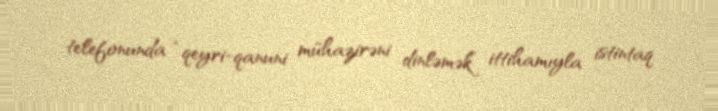
telefonunda “qeyri-qanuni mühazirəni dinləmək” ittihamıyla istintaq